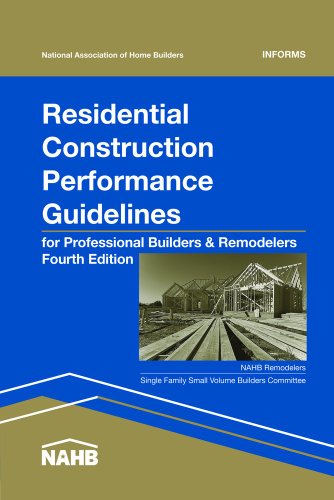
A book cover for Residential Construction Performance Guidelines-Contractor Reference, 4th Edition; National Association of Home Builders; Reference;